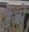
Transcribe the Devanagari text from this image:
टैबो